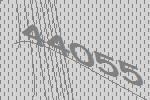
44055